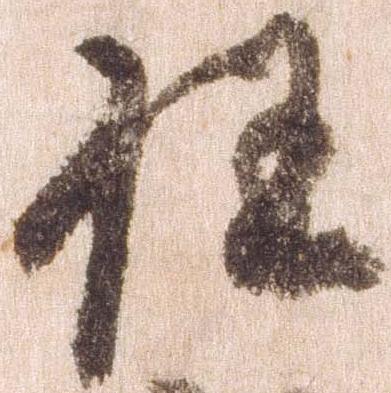
任